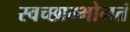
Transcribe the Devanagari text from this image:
स्वच्छाम्भोगतं